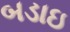
બડાઇ